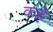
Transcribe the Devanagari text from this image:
कह्रे